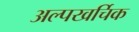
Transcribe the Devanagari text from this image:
अल्पखर्चिक